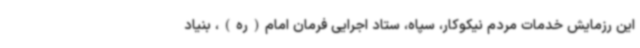
این رزمایش خدمات مردم نیکوکار، سپاه، ستاد اجرایی فرمان امام(ره)، بنیاد